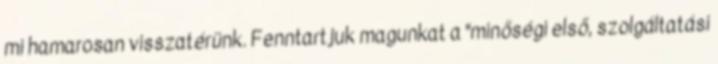
mi hamarosan visszatérünk. Fenntartjuk magunkat a "minőségi első, szolgáltatási